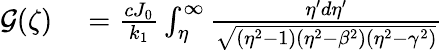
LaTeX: \begin{array}{rl}{\mathcal{G}(\zeta)}&{{}=\frac{cJ_{0}}{k_{1}}\int_{\eta}^{\infty}\frac{\eta^{\prime}d\eta^{\prime}}{\sqrt{(\eta^{2}-1)(\eta^{2}-\beta^{2})(\eta^{2}-\gamma^{2})}}}\end{array}